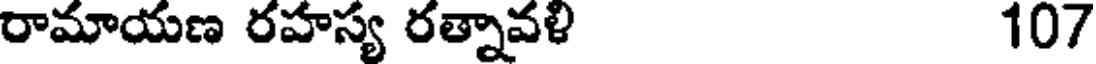
రామాయణ రహస్య రత్నావళి 107